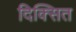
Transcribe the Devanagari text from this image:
दिक्सित